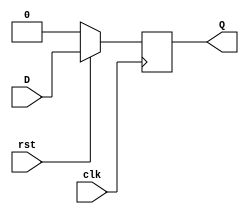
module DFF #(parameter width = 1)(
    input wire [width-1:0] D,
    output reg [width-1:0] Q,
    input wire clk,
    input wire rst
);

always @(posedge clk)begin
    if(!rst)    Q<=1'b0;
    else        Q<=D;
end

endmodule